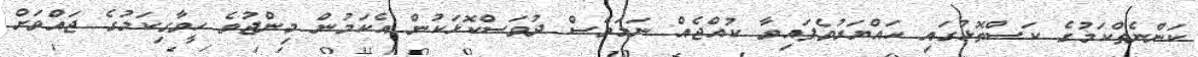
ކަންނެތްކަމުގެ ކަސްތޮޅުގައި ހައްޔަރުވެފައިވާ ކުއްޖެއް ނަމަވެސް ދުވަސްކޮޅަކުން އެކަމުން މިންޖުވެ ހީވާގިކަމުގެ ޖައްވަށް